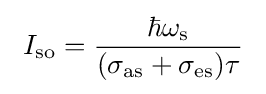
~I_{\rm {so}}={\frac {\hbar \omega _{\rm {s}}}{(\sigma _{\rm {as}}+\sigma _{\rm {es}})\tau }}~